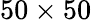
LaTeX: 50\times 50